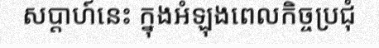
សប្តាហ៍នេះ ក្នុងអំឡុងពេលកិច្ចប្រជុំ